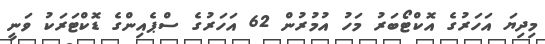
މިދިޔަ އަހަރުގެ އޮކްޓޯބަރު މަހު އުމުރުން 62 އަހަރުގެ ސްޕެއިންގެ ޑޮކްޓަރަކު ވަނީ